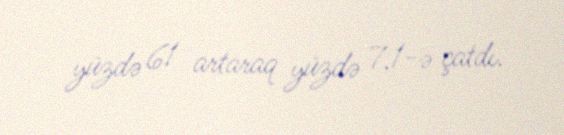
yüzdə 61 artaraq yüzdə 7,1-ə çatdı.